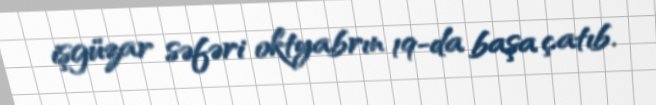
işgüzar səfəri oktyabrın 19-da başa çatıb.